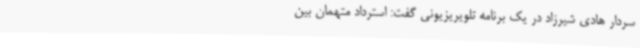
سردار هادی شیرزاد در یک برنامه تلویریزیونی گفت: استرداد متهمان بین